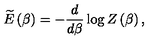
\widetilde { E } \left( \beta \right) = - \frac { d } { d \beta } \log Z \left( \beta \right) ,